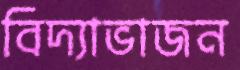
বিদ্যাভাজন